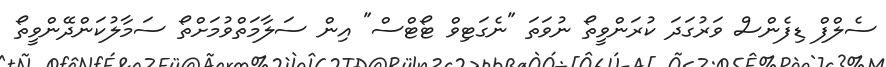
ސެލްފް ޑިފެންސް ވަރުގަދަ ކުރަންވީތޯ ނުވަތަ "ނެގަޓިވް ޓޯޓްސް" އިން ސަލާމަތްވުމަށްތޯ ސަމާލުކަންދޭންވީތޯ